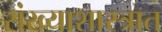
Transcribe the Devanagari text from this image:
संख्याशास्त्रात